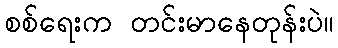
စစ်ရေးက တင်းမာနေတုန်းပဲ။